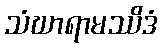
သံဃာရာမဿိဒံ